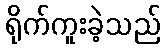
ရိုက်ကူးခဲ့သည်